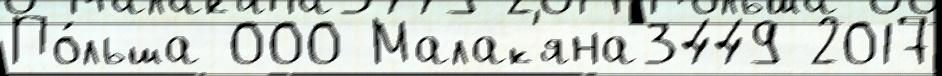
По́льша 000 Малак'яна3449 2017